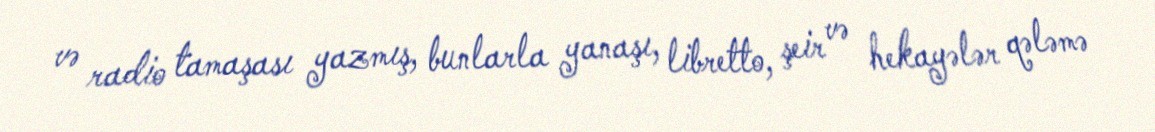
və radio tamaşası yazmış, bunlarla yanaşı, libretto, şeir və hekayələr qələmə